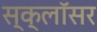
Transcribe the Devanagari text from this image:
स्क्लॉसर